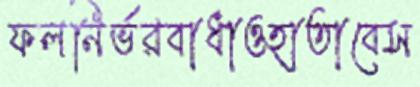
ফলনির্ভরবাধাওহাতাবেস